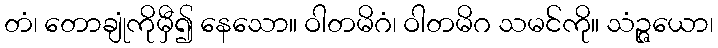
တံ၊ တောချုံကိုမှီ၍ နေသော။ ဝါတမိဂံ၊ ဝါတမိဂ သမင်ကို။ သံဉ္ဇယော၊